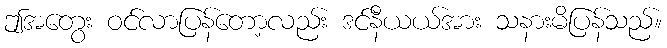
ဤအတွေး ဝင်လာပြန်တော့လည်း ဒင်နီယယ်အား သနားမိပြန်သည်။